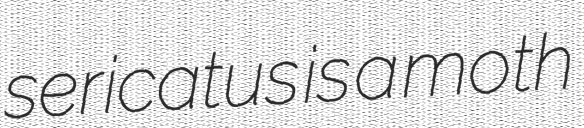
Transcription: sericatus is a moth